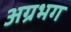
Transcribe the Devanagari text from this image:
अग्रभग